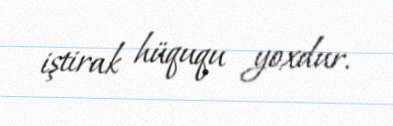
iştirak hüququ yoxdur.